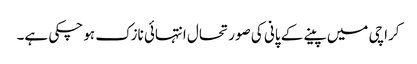
کراچی میں پینے کے پانی کی صورتحال انتہائی نازک ہو چکی ہے۔